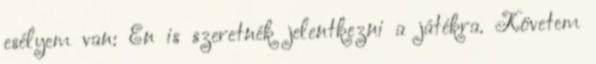
esélyem van: Én is szeretnék jelentkezni a játékra. Követem